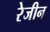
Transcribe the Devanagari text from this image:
रेजीन